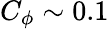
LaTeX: C_{\phi}\sim 0.1